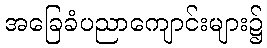
အခြေခံပညာကျောင်းများ၌